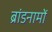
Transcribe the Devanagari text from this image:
ब्रांडनामों